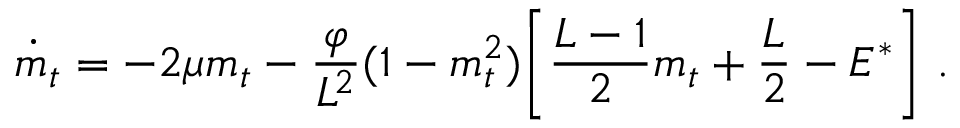
\dot { m } _ { t } = - 2 \mu m _ { t } - \frac { \varphi } { L ^ { 2 } } ( 1 - m _ { t } ^ { 2 } ) \Bigg [ \frac { L - 1 } { 2 } m _ { t } + \frac { L } { 2 } - E ^ { * } \Bigg ] \ .